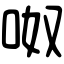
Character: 呶